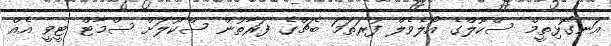
އަނގޮޅިތީމް ސްކޫލްގެ އޯލެވެލް ފުރަތަމަ ބެޗްގެ ފަރާތުން ސްކޫލަށް ސްމާޓް ޓީވީ އެއް